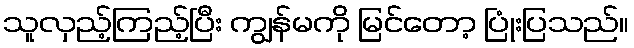
သူလှည့်ကြည့်ပြီး ကျွန်မကို မြင်တော့ ပြုံးပြသည်။